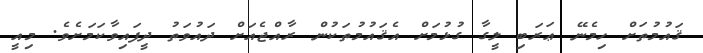
ޤައުމުތަށް ހިމެނޭ ޢަރަބި ލީގާ ގުޅުމަށް އެޤައުމުތަކުން ރާއްޖެއަށް ދައުވަތު ދީފައިވާކަމަށެވެ. މިއީ